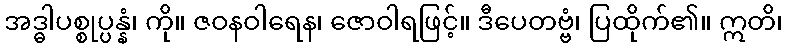
အဒ္ဓါပစ္စုပ္ပန္နံ၊ ကို။ ဇဝနဝါရေန၊ ဇောဝါရဖြင့်။ ဒီပေတဗ္ဗံ၊ ပြထိုက်၏။ ဣတိ၊